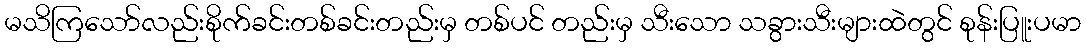
မသိကြသော်လည်းစိုက်ခင်းတစ်ခင်းတည်းမှ တစ်ပင် တည်းမှ သီးသော သခွားသီးများထဲတွင် စုန်းပြူးပမာ